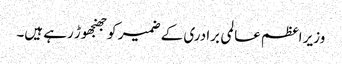
وزیر اعظم عالمی برادری کے ضمیر کو جھنجھوڑ رہے ہیں۔